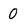
Character: 0